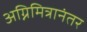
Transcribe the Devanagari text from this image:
अग्निमित्रानंतर